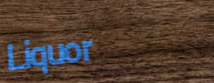
Liquor